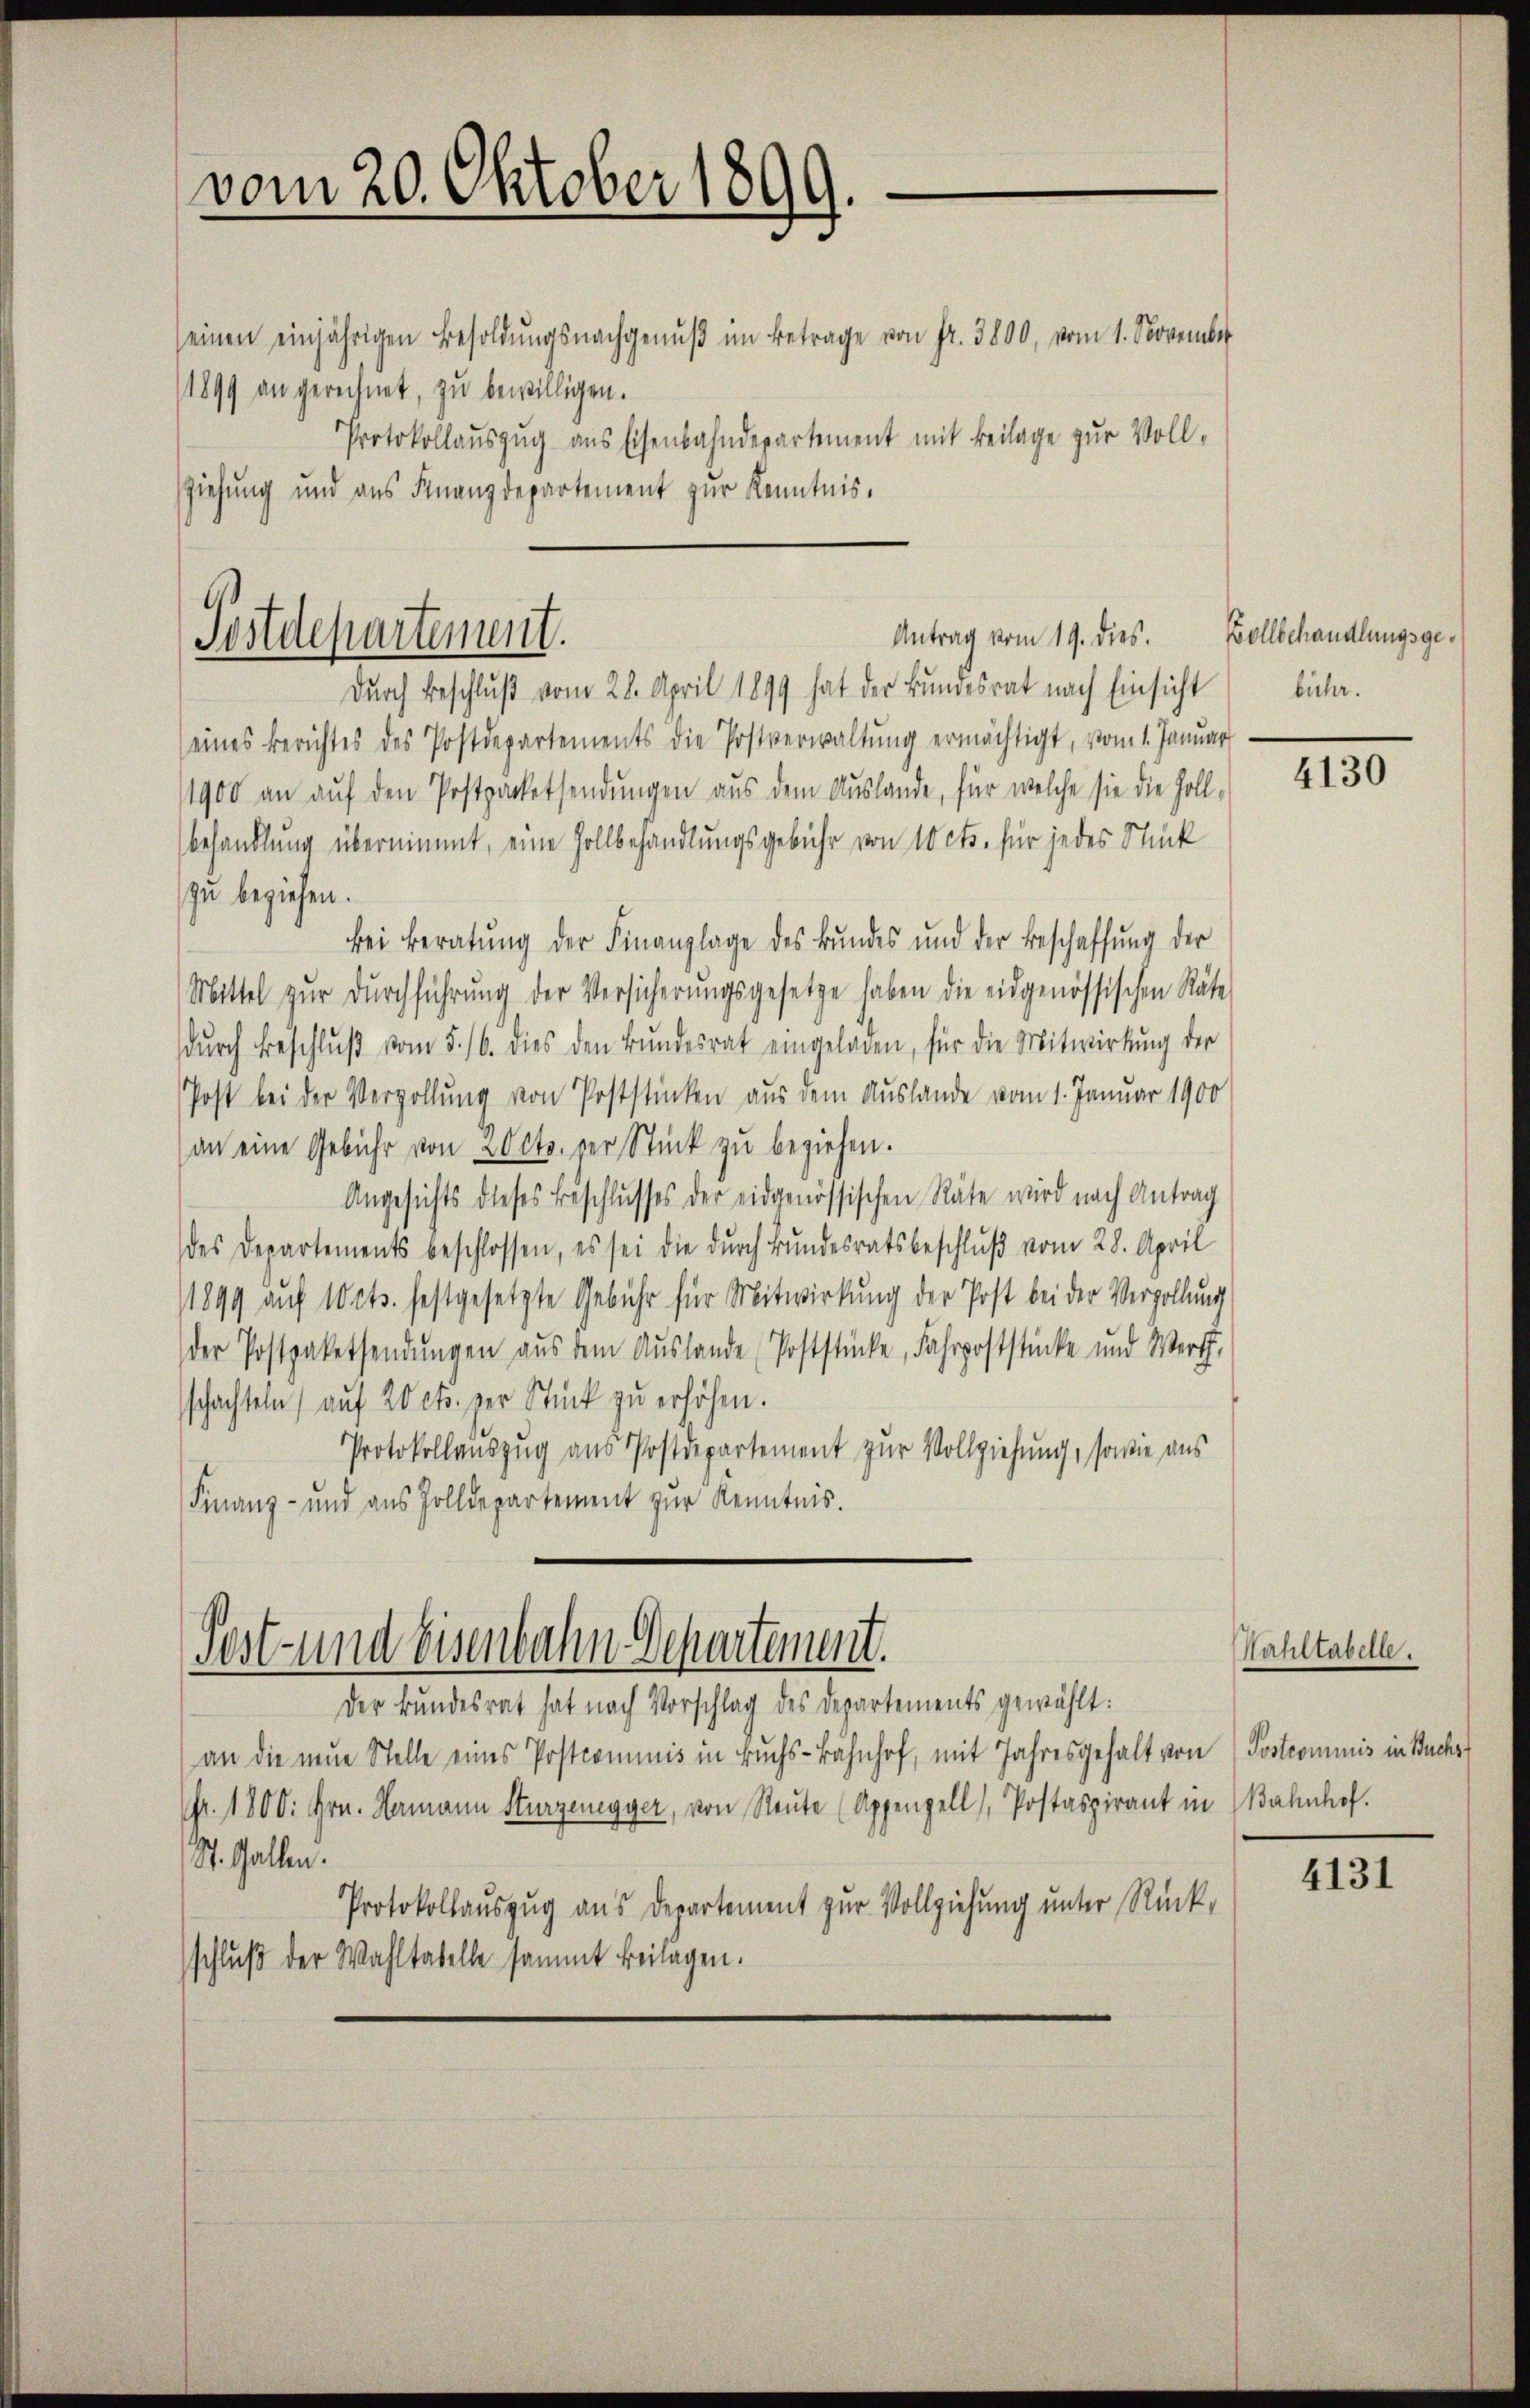
vom 20. Oktober 1899.

Jostdepartement.

seinen einjährigen Besoldŭngsnachgenŭβ im Betrage von Fr. 3800, vom 1. November
1899 an gerechnet, zu bewilligen.
Protokollaŭszŭg ans Eisenbahndepartement mit Beilage zŭr Voll-
ziehung und aus Finanzdepartement zur Kenntnis.

durch Beschluß vom 28. April 1899 hat der Bundesrat nach Einsicht
eines Berichtes des Postdepartements die Postverwaltŭng ermächtigt, vom 1. Januar
1900 an auf den Postpacketsendungen aus dem Auslande, für welche sie die Holl-
behandlung übernimmt, eine Zollbehandlungsgebühr von 10 cts. für jedes Stück
zu beziehen.
bei Beratŭng der Finanzlage des Bŭndes und der Beschaffŭng der
Mittel zŭr dŭrchführŭng der Versicherŭngsgesetze haben die eidgenössischen Räte
dŭrch Beschlŭβ vom 5. 16. dies den Bŭndesrat eingeladen, für die Mitwirkung der
Post bei der Vergollung von Poststinken aus dem Auslande vom 1. Januar 1900
an eine Gebühr von 20 cts. der Stück zŭ beziehen.
Angesichts dieses Beschlusses der eidgenössischen Räte wird nach Antrag
des Departements beschlossen, es sei die durch Bundesratsbeschluß vom 28. April
1899 aŭf 10 cts. festgesetzte Gebühr für Mitwirkung der Post bei der Verzollŭng
der Postpaketsendŭngen aus dem Auslande Poststücke, Fahrpoststücke und Werth,
schachteln auf 20 cts. zur Stück zu erhöhen.
Protokollauszug aus Postdepartement zur Vollziehung, sowie aus
Finanz- und aus Zolldepartement zur Kenntnis.

Post- und Eisenbahn Departement.
Der Bundesrat hat nach Vorschlag des Departements gewählt:

an die neŭe Stelle eines Postcommis in Buchs-Bahnhof, mit Jahresgehalt von Postcommis in Buchs
fr. 1800. Hrn. Hermann Sturzenegger, von Neŭte (Appenzell), Postaspirant in Bahnhof.
St. Gallen.
Protokollauszug aus Departement zur Vollziehung unter Rückschluß der Wahltabelle sammt Beilagen.

Antrag vom 19. dies. Vollbehandlungsgebühr.

4130

Hahltabelle.

4131